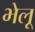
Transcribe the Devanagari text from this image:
भेलू